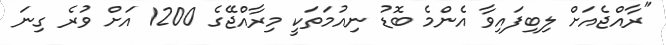
"ރާއްޖެއަށް ލިބިފައިވާ އެންމެ ބޮޑު ނިއުމަތަކީ މިރާއްޖޭގެ 1200 އަށް ވުރެ ގިނަ